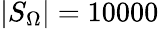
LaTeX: |S_{\Omega}|=10000